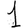
Digit: 1